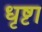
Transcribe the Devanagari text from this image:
धृष्टा